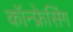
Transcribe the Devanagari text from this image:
कॉन्फ्रेसिंग